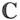
C